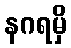
နဂရမှိ